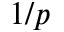
1 / p